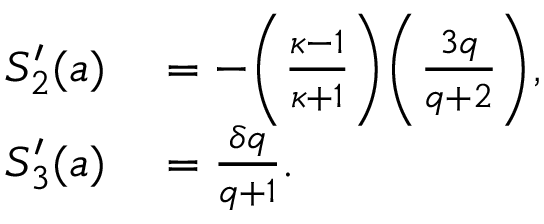
\begin{array} { r l } { S _ { 2 } ^ { \prime } ( a ) } & { { } = - \bigg ( \frac { \kappa - 1 } { \kappa + 1 } \bigg ) \bigg ( \frac { 3 q } { q + 2 } \bigg ) , } \\ { S _ { 3 } ^ { \prime } ( a ) } & { { } = \frac { \delta q } { q + 1 } . } \end{array}